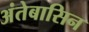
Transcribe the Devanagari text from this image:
अंतेबासिन